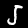
Digit: 5